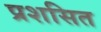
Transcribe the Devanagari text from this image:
प्रशसित